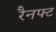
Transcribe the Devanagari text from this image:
रैनफ्‍ट